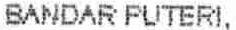
BANDAR PUTERI,